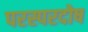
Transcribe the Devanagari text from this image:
परस्परदोष